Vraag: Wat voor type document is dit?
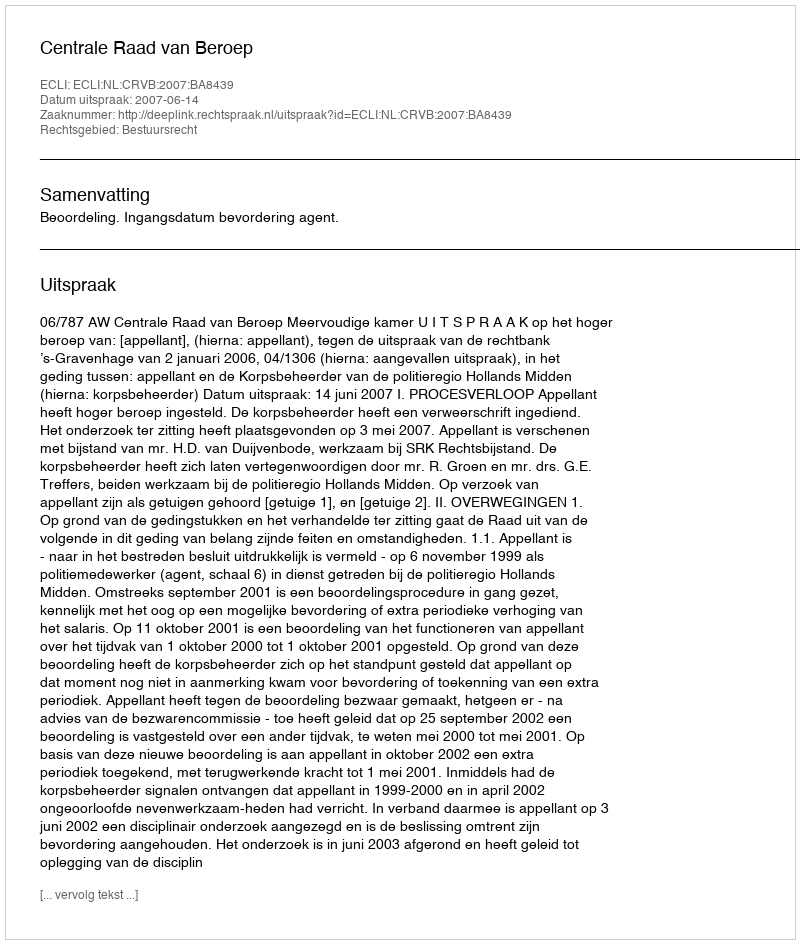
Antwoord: Uitspraak